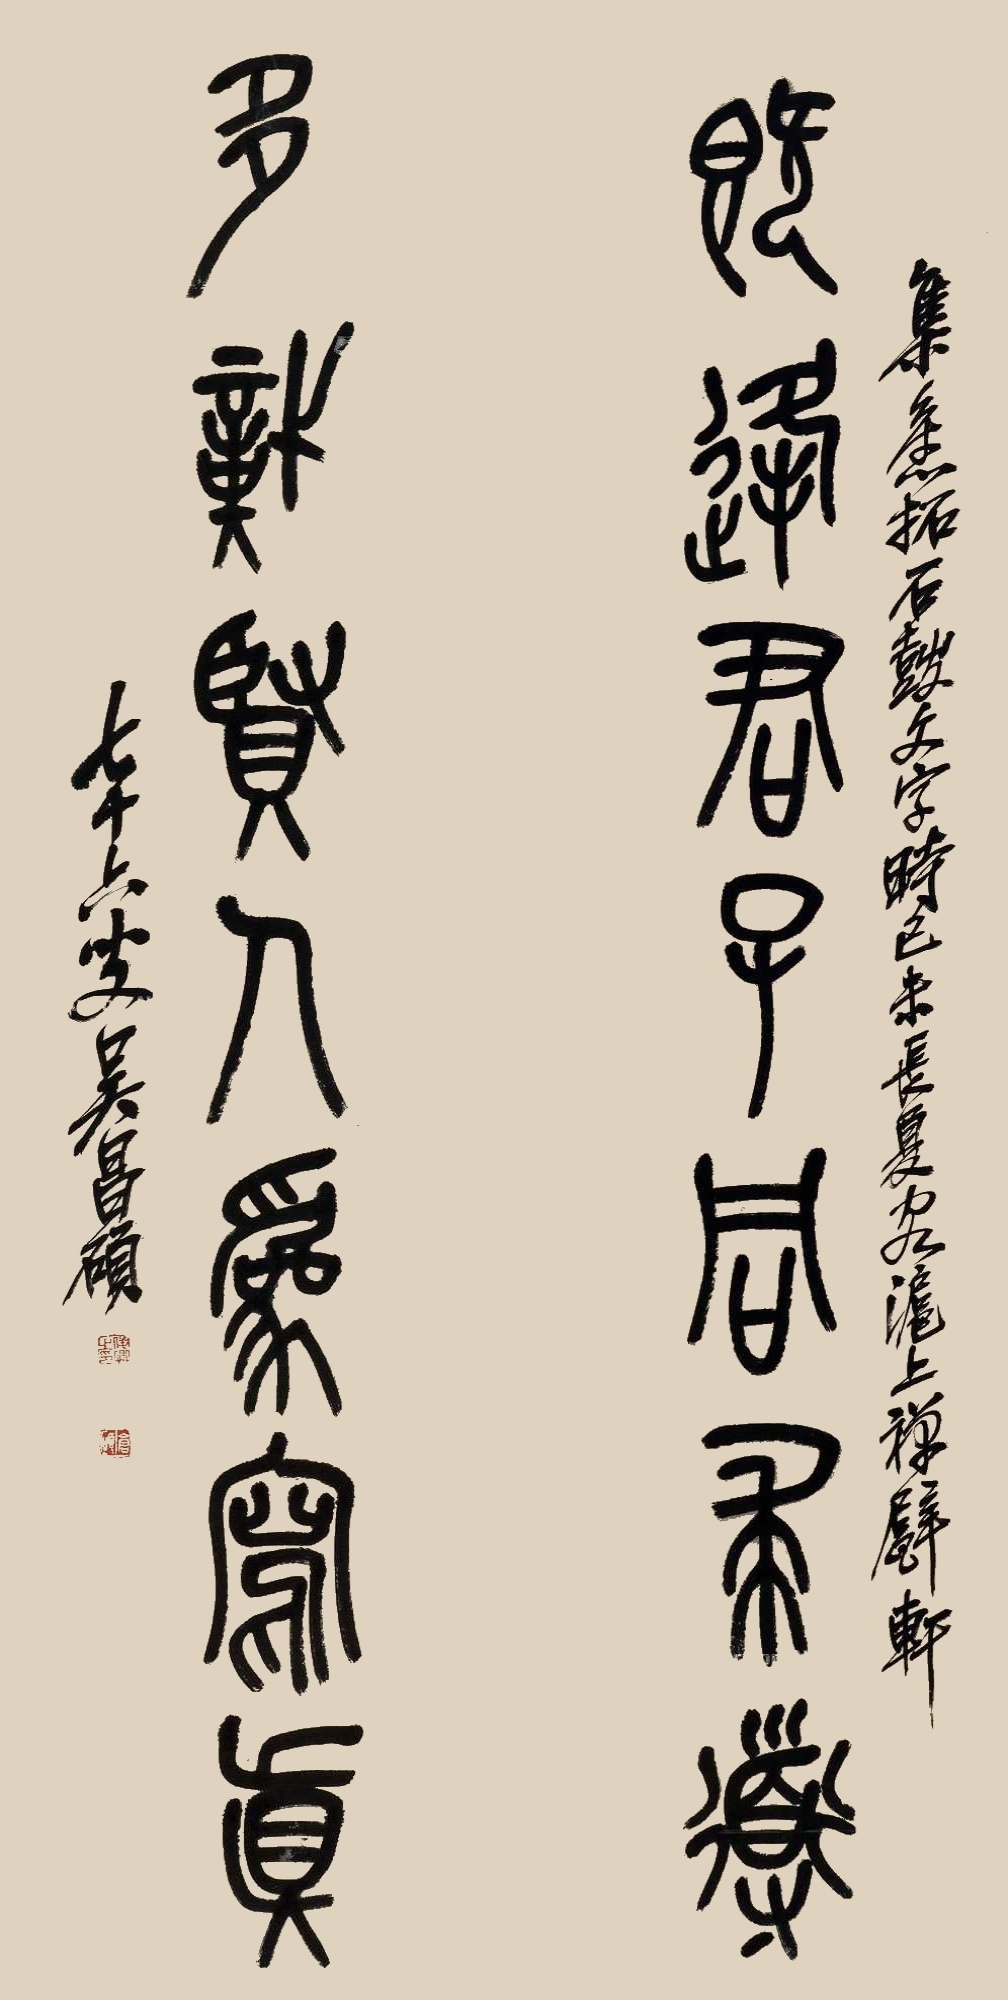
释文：既逢君子同求道，多识贤人为写真。集旧拓石鼓文字，时己未长夏客沪上禅甓轩，七十六叟吴昌硕。